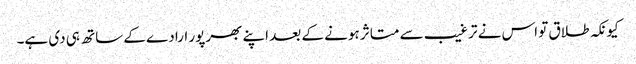
کیونکہ طلاق تو اس نے ترغیب سے متاثر ہونے کے بعد اپنے بھرپور ارادے کے ساتھ ہی دی ہے۔